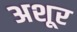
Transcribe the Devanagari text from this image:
अशूर